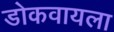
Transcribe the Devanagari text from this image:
डोकवायला